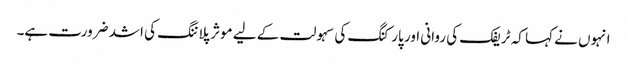
انہوں نے کہا کہ ٹریفک کی روانی اور پارکنگ کی سہولت کے لیے موثر پلاننگ کی اشد ضرورت ہے۔